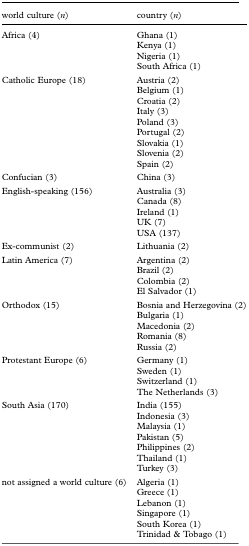
<table><thead><tr><td><b>world culture (<i>n</i>)</b></td><td><b>country (<i>n</i>)</b></td></tr></thead><tbody><tr><td rowspan="4">Africa (4)</td><td>Ghana (1)</td></tr><tr><td>Kenya (1)</td></tr><tr><td>Nigeria (1)</td></tr><tr><td>South Africa (1)</td></tr><tr><td rowspan="9">Catholic Europe (18)</td><td>Austria (2)</td></tr><tr><td>Belgium (1)</td></tr><tr><td>Croatia (2)</td></tr><tr><td>Italy (3)</td></tr><tr><td>Poland (3)</td></tr><tr><td>Portugal (2)</td></tr><tr><td>Slovakia (1)</td></tr><tr><td>Slovenia (2)</td></tr><tr><td>Spain (2)</td></tr><tr><td>Confucian (3)</td><td>China (3)</td></tr><tr><td rowspan="5">English-speaking (156)</td><td>Australia (3)</td></tr><tr><td>Canada (8)</td></tr><tr><td>Ireland (1)</td></tr><tr><td>UK (7)</td></tr><tr><td>USA (137)</td></tr><tr><td>Ex-communist (2)</td><td>Lithuania (2)</td></tr><tr><td rowspan="4">Latin America (7)</td><td>Argentina (2)</td></tr><tr><td>Brazil (2)</td></tr><tr><td>Colombia (2)</td></tr><tr><td>El Salvador (1)</td></tr><tr><td rowspan="5">Orthodox (15)</td><td>Bosnia and Herzegovina (2)</td></tr><tr><td>Bulgaria (1)</td></tr><tr><td>Macedonia (2)</td></tr><tr><td>Romania (8)</td></tr><tr><td>Russia (2)</td></tr><tr><td rowspan="4">Protestant Europe (6)</td><td>Germany (1)</td></tr><tr><td>Sweden (1)</td></tr><tr><td>Switzerland (1)</td></tr><tr><td>The Netherlands (3)</td></tr><tr><td rowspan="7">South Asia (170)</td><td>India (155)</td></tr><tr><td>Indonesia (3)</td></tr><tr><td>Malaysia (1)</td></tr><tr><td>Pakistan (5)</td></tr><tr><td>Philippines (2)</td></tr><tr><td>Thailand (1)</td></tr><tr><td>Turkey (3)</td></tr><tr><td rowspan="6">not assigned a world culture (6)</td><td>Algeria (1)</td></tr><tr><td>Greece (1)</td></tr><tr><td>Lebanon (1)</td></tr><tr><td>Singapore (1)</td></tr><tr><td>South Korea (1)</td></tr><tr><td>Trinidad &amp; Tobago (1)</td></tr></tbody></table>